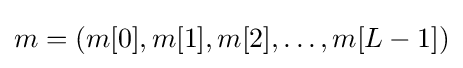
m=(m[0],m[1],m[2],\dotsc ,m[L-1])